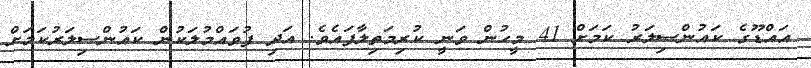
އައްޑޫގެ ކައުންސިލަރު ކަމަށް 41 މީހުން ވަނީ ކުރިމަތިލާފައެވެ. އަދި ފުވައްމުލަކުން ކައުންސިލަރުކަމަށް